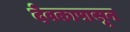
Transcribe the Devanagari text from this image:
देवकापासून